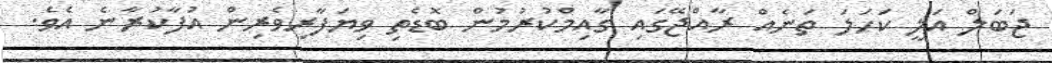
ޖަބަލް އަލީ ކަހަލަ ތަނެއް ރާއްޖޭގައި ގާއިމްކުރުމުން ބޮޑެތި ވިޔަފާރިވެރިން އުފާކުރާނެ އެވެ.